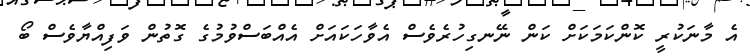
އެ މާނަކުރީ ކޮންކަމަކަށް ކަން ނޭނގިހުރެވެސް އެވާހަކައަށް އެއްބަސްވުމުގެ ގޮތުން ވަފިއްޔާވެސް ބޯ